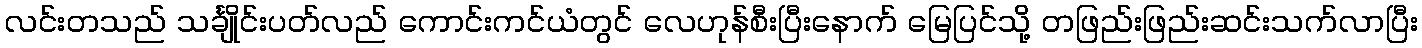
လင်းတသည် သင်္ချိုင်းပတ်လည် ကောင်းကင်ယံတွင် လေဟုန်စီးပြီးနောက် မြေပြင်သို့ တဖြည်းဖြည်းဆင်းသက်လာပြီး